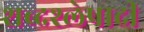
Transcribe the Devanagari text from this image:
शब्दश्लेषादी